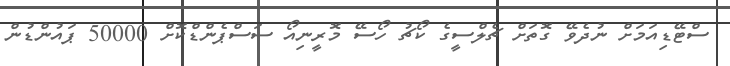
ސްޓޭޑިއަމަށް ނުދެވޭ ގޮތަށް ޗެލްސީގެ ކޯޗު ހޯސޭ މޮރީނިއޯ ސަސްޕެންޑްކޮށް 50000 ޕައުންޑުން